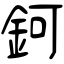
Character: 鈳